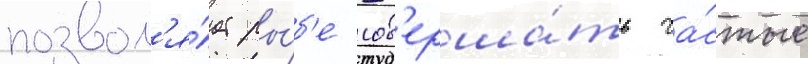
позвол'я́ет ры́б'е сов'ерша́ть ча́стые